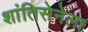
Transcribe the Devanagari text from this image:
शांतिसेनेला